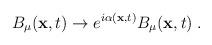
LaTeX: \begin{align*}B_\mu ({\bf x},t) \rightarrow e^{i\alpha({\bf x},t)}B_\mu({\bf x},t)\;.\end{align*}